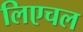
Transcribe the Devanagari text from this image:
लिएचल